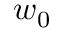
w _ { 0 }